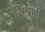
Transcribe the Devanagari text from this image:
मिश्रणी